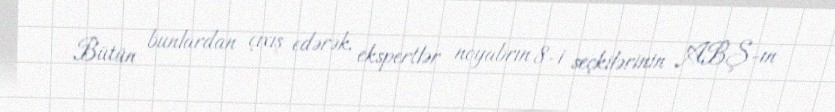
Bütün bunlardan çıxış edərək, ekspertlər noyabrın 8-i seçkilərinin ABŞ-ın